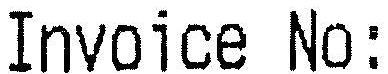
INVOICE NO: